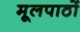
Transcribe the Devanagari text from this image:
मूलपाठों